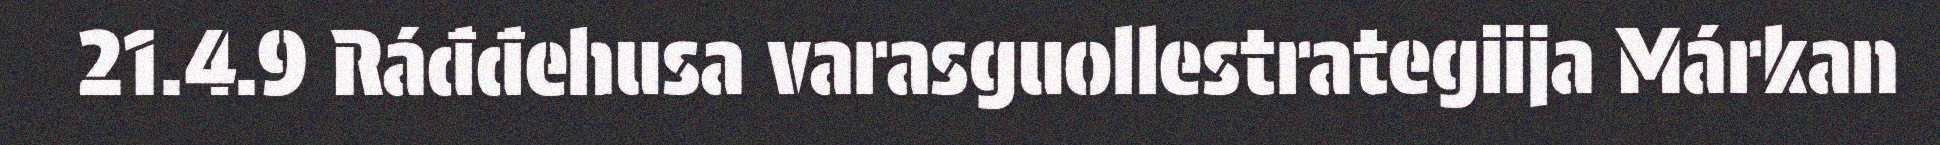
21.4.9 Ráđđehusa varasguollestrategiija Márkan